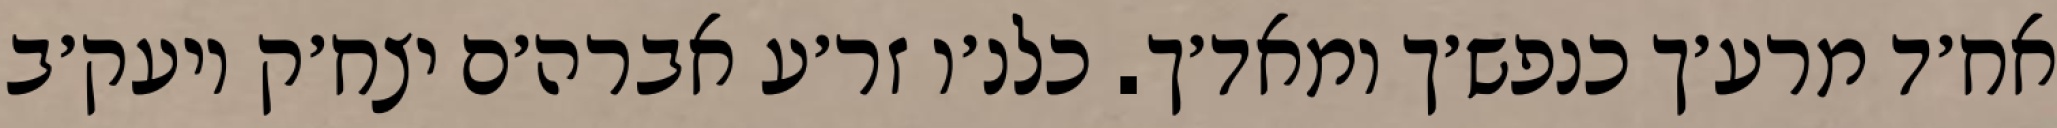
אח׳ד מרע׳ך כנפש׳ך ומאד׳ך. כלנ׳ו זר׳ע אברה׳ם יצח׳ק ויעק׳ב